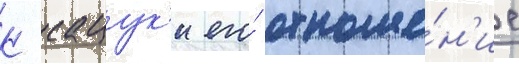
К сацук'и его́ отноше́н'ие